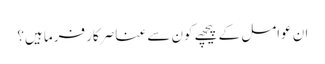
ان عوامل کے پیچھے کون سے عناصر کار فرما ہیں؟